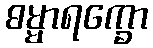
ဓမ္မာရက္ခော